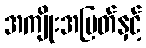
အကျိုးအမြတ်နှင့်